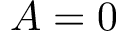
A = 0